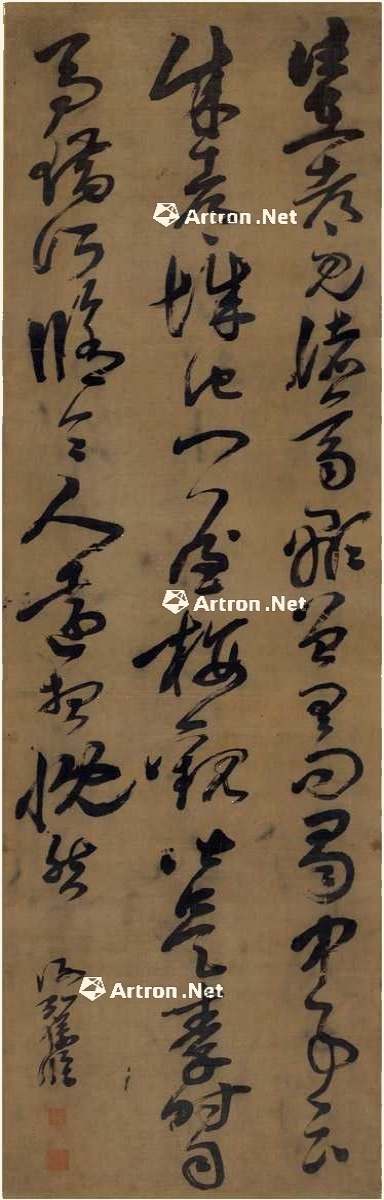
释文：往在都，见诸葛显，曾具问蜀中事，云，成都城池、门屋、楼观，皆是秦时司马错所修。令人远想慨然。谢弘仪临。